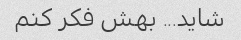
شاید... بهش فکر کنم